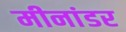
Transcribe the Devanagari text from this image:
मीनांडर